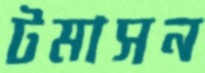
টমাসন